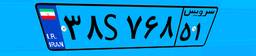
۳۸S۷۶۸۵۱